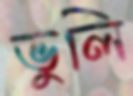
ভুলি